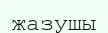
жазушы